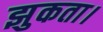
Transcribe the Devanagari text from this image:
झुकता।